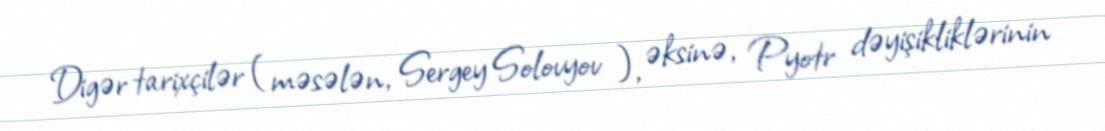
Digər tarixçilər (məsələn, Sergey Solovyov ), əksinə, Pyotr dəyişikliklərinin